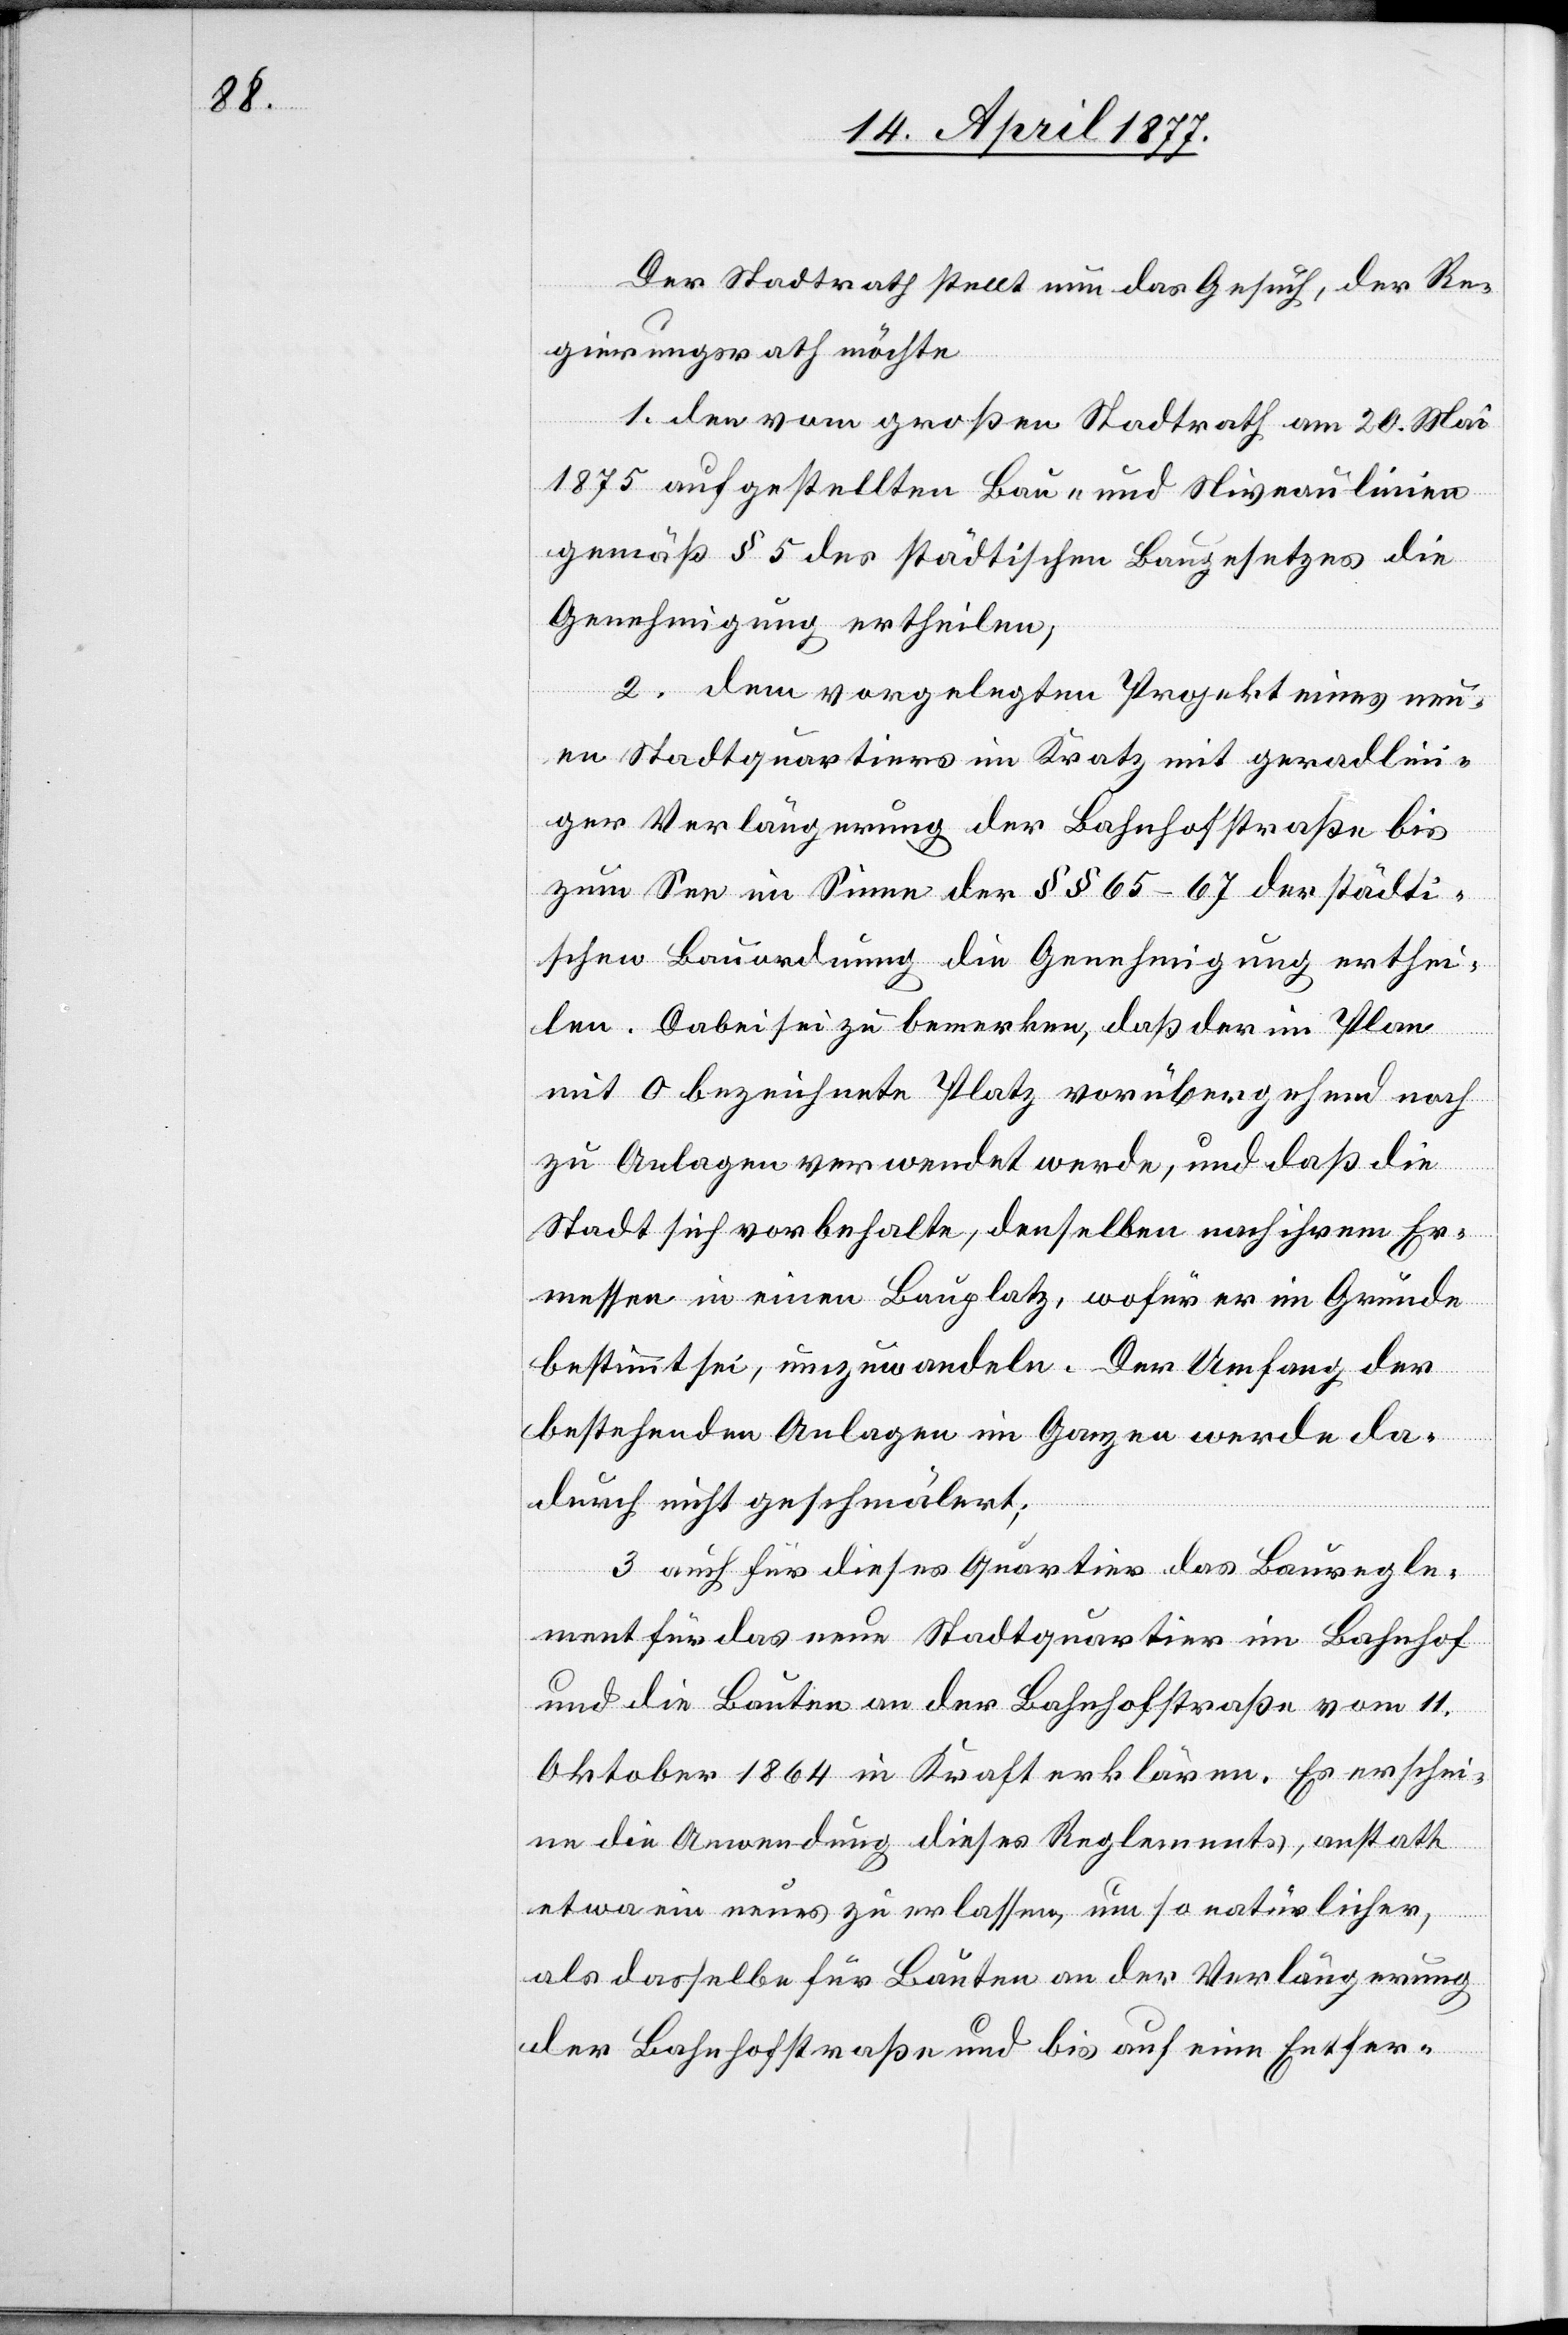
Der Stadtrath stellt nun das Gesuch, der Re¬
gierungsrath möchte
1. den vom großen Stadtrath am 20. Mai
1875 aufgestellten Bau- und Niveaulinien
gemäß § 5 des städtischen Baugesetzes die
Genehmigung ertheilen,
2. dem vorgelegten Projekt eines neu¬
en Stadtquartiers im Kratz mit geradlin¬
iger Verlängerung der Bahnhofstraße bis
zum See im Sinne der §§ 65–67 der städti¬
schen Bauordnung die Genehmigung erthei¬
len. Dabei sei zu bemerken, daß der im Plan
mit O bezeichnete Platz vorübergehend noch
zu Anlagen verwendet werde, und daß die
Stadt sich vorbehalte, denselben nach ihrem Er¬
messen in einen Bauplatz, wofür er im Grunde
bestimmt sei, umzuwandeln. Der Umfang der
bestehenden Anlagen im Ganzen werde da¬
durch nicht geschmälert;
3. auch für dieses Quartier das Bauregle¬
ment für das neue Stadtquartier im Bahnhof
und die Bauten an der Bahnhofstraße vom 11.
Oktober 1864 in Kraft erklären. Es erschei¬
ne die Anwendung dieses Reglements, anstatt
etwa ein neues zu erlassen, um so natürlicher,
als dasselbe für Bauten an der Verlängerung
der Bahnhofstraße und bis auf eine Entfer-